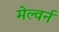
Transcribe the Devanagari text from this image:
मेल्वर्न